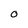
Character: O